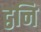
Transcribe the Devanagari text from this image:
द्वनि